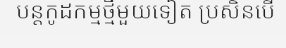
បន្តកូដកម្មថ្មីមួយទៀត ប្រសិនបើ